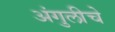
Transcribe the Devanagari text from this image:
अंगुलीचे